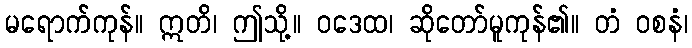
မရောက်ကုန်။ ဣတိ၊ ဤသို့။ ဝဒေထ၊ ဆိုတော်မူကုန်၏။ တံ ဝစနံ၊